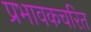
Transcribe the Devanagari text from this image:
प्रभावकचरित